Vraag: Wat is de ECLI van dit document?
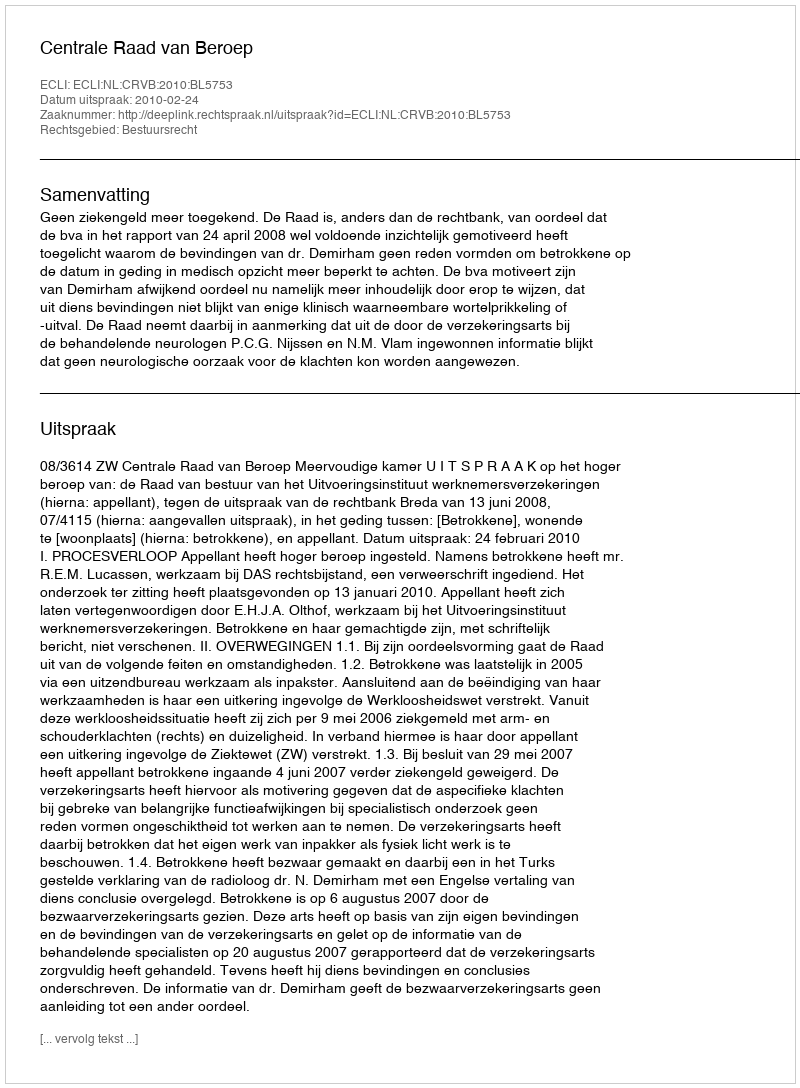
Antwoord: ECLI:NL:CRVB:2010:BL5753